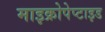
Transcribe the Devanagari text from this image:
माइक्रोपेप्टाइड